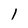
Character: 1